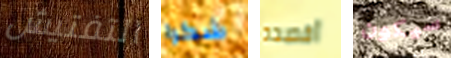
التفتيش شكرا أقصده سيكون